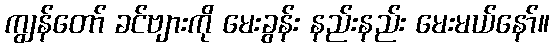
ကျွန်တော် ခင်ဗျားကို မေးခွန်း နည်းနည်း မေးမယ်နော်။